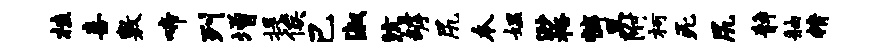
桂喜敷啼列增提俟己淑沆罅尻本媪渺裕裤旦附柯死尻静舳精